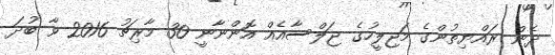
ދެން ރައްޔިތުންގެ މަޖިލީހުގެ ޖަލްސާއެއް އޮންނާނީ 30 މާރިޗު 2016 ވާ ބުދަ